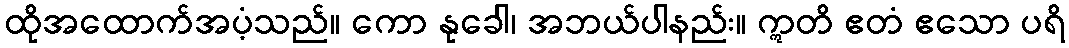
ထိုအထောက်အပံ့သည်။ ကော နုခေါ၊ အဘယ်ပါနည်း။ ဣတိ ဧတံ ဧသော ပရိ